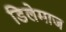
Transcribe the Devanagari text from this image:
डिलेमाज